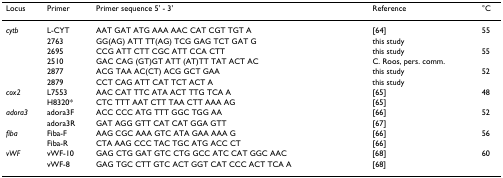
<table><thead><tr><td><b>Locus</b></td><td><b>Primer</b></td><td><b>Primer sequence 5&#x27; - 3&#x27;</b></td><td><b>Reference</b></td><td><b>°C</b></td></tr></thead><tbody><tr><td><i>cytb</i></td><td>L-CYT</td><td>AAT GAT ATG AAA AAC CAT CGT TGT A</td><td>[64]</td><td>55</td></tr><tr><td></td><td>2763</td><td>GG(AG) ATT TT(AG) TCG GAG TCT GAT G</td><td>this study</td><td></td></tr><tr><td></td><td>2695</td><td>CCG ATT CTT CGC ATT CCA CTT</td><td>this study</td><td>55</td></tr><tr><td></td><td>2510</td><td>GAC CAG (GT)GT ATT (AT)TT TAT ACT AC</td><td>C. Roos, pers. comm.</td><td></td></tr><tr><td></td><td>2877</td><td>ACG TAA AC(CT) ACG GCT GAA</td><td>this study</td><td>52</td></tr><tr><td></td><td>2879</td><td>CCT CAG ATT CAT TCT ACT A</td><td>this study</td><td></td></tr><tr><td><i>cox2</i></td><td>L7553</td><td>AAC CAT TTC ATA ACT TTG TCA A</td><td>[65]</td><td>48</td></tr><tr><td></td><td>H8320*</td><td>CTC TTT AAT CTT TAA CTT AAA AG</td><td>[65]</td><td></td></tr><tr><td><i>adora3</i></td><td>adora3F</td><td>ACC CCC ATG TTT GGC TGG AA</td><td>[66]</td><td>52</td></tr><tr><td></td><td>adora3R</td><td>GAT AGG GTT CAT CAT GGA GTT</td><td>[67]</td><td></td></tr><tr><td><i>fiba</i></td><td>Fiba-F</td><td>AAG CGC AAA GTC ATA GAA AAA G</td><td>[66]</td><td>56</td></tr><tr><td></td><td>Fiba-R</td><td>CTA AAG CCC TAC TGC ATG ACC CT</td><td>[66]</td><td></td></tr><tr><td><i>vWF</i></td><td>vWF-10</td><td>GAG CTG GAT GTC CTG GCC ATC CAT GGC AAC</td><td>[68]</td><td>60</td></tr><tr><td></td><td>vWF-8</td><td>GAG TGC CTT GTC ACT GGT CAT CCC ACT TCA A</td><td>[68]</td><td></td></tr></tbody></table>